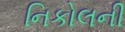
નિકોલની